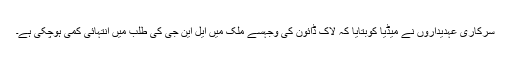
سرکاری عہدیداروں نے میڈیا کوبتایا کہ لاک ڈائون کی وجہسے ملک میں ایل این جی کی طلب میں انتہائی کمی ہوچکی ہے۔